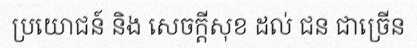
ប្រយោជន៍ និង សេចក្តីសុខ ដល់ ជន ជាច្រើន